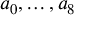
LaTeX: a _ { 0 } , \ldots , a _ { 8 }